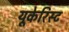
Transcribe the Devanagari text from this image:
यूकेरिस्ट